Statistical return of the lunatic asylum in Assam - 1912-1932
Year: 1912
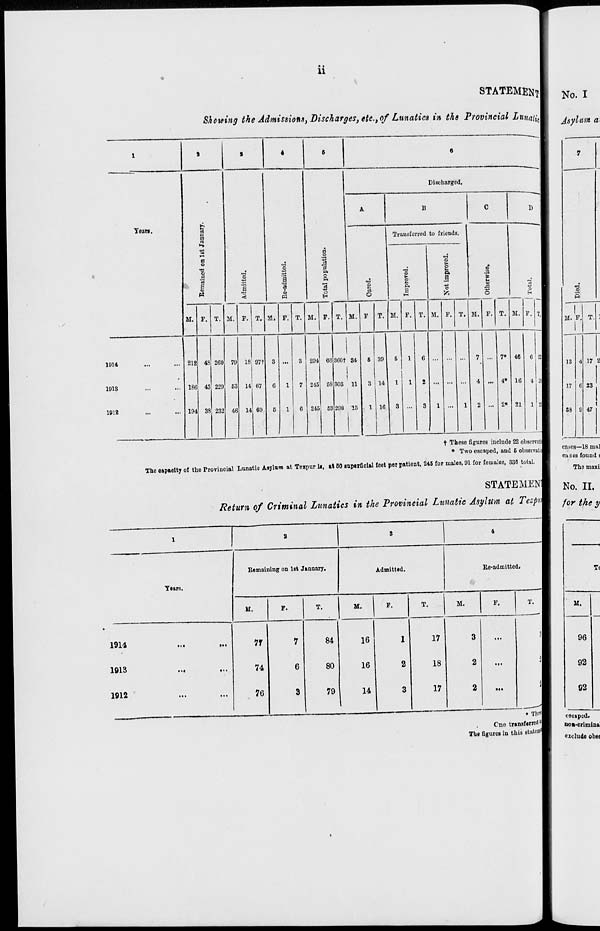
11
STATEMENT!
Showing the Admissions, Discharges, etc., of Lunatics in the Provincial LunaM
1
1
S
«
6
e
—-—.
Discharged.
Yean.
fc
A
B
C
D
rt
~—•
0
Transferred to friends.
■s
a o
a
■a
o
rt
p
^
<B
-3
t»
B
0
-3
ri
P.
o
-«
?
o.
5
C4
I
i
<
B
2
2
Pi
5
•a
I
o
Pi
a
1
M
3
o
"a
0
M. P. T. M. F. T. 51. F. T. M. P. T. M. F T. M. F. T. M. F. T. M. F. T. M. P. T,
1014
212 4S 260 79 18 97t 3 ...
3 294 66
1
1
360t 34
|
6 39
5
1
6
...
7 ... 7* 46 6 52
1913
18C 43 229 53 14 67
6
1
7 245 58
|
303 11
3 14
1
1
2 ... ... ...
4 ... 4» 16 4 M
1912
194 38 232 46 14 60
5
1
6 245 53 298 15
1 16
3 ...
3
1 ...
1
2 ... 2* 21 1 2i
t These figures includo 22 oliservatil
• Two escaped, and 5 ohsomtiJ
The n*n»Mtv n f tli 1 Prn • • nl 1 iiinal ic Al vlar n at Teiin ur ii . at 00 BU nerf Olftl feet i lerp ition t, 24 5 for males, 91 for females, 3 36 to tal.
STATEMENT
Return of Criminal Lunatics in the Provincial Lunatic Asylum at Tezpn
1
a
s
4
Years.
Remaining on 1st January.
Admitted.
Re-admitted,
11.
P.
T.
M.
F.
T.
M.
F.
T.
1914
1913
1912
7T
74
76
7
6
3
84
80
79
16
16
14
1
2
3
17
18
17
3
2
2
3
t
1
Cno transferred
The figures in this etuteffl^
No. I
Asylum a,
o-'
M. F, T.
IS
17
88
17 2
23
•17
cashes—18 mal
cases found:
The maxi
No. II.
for the y
■
T(
M.
96
92
92
iscaped.
noa-crimina
exclude obse